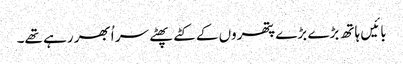
بائیں ہاتھ بڑے بڑے پتھروں کے کٹے پھٹے سر اُبھر رہے تھے۔